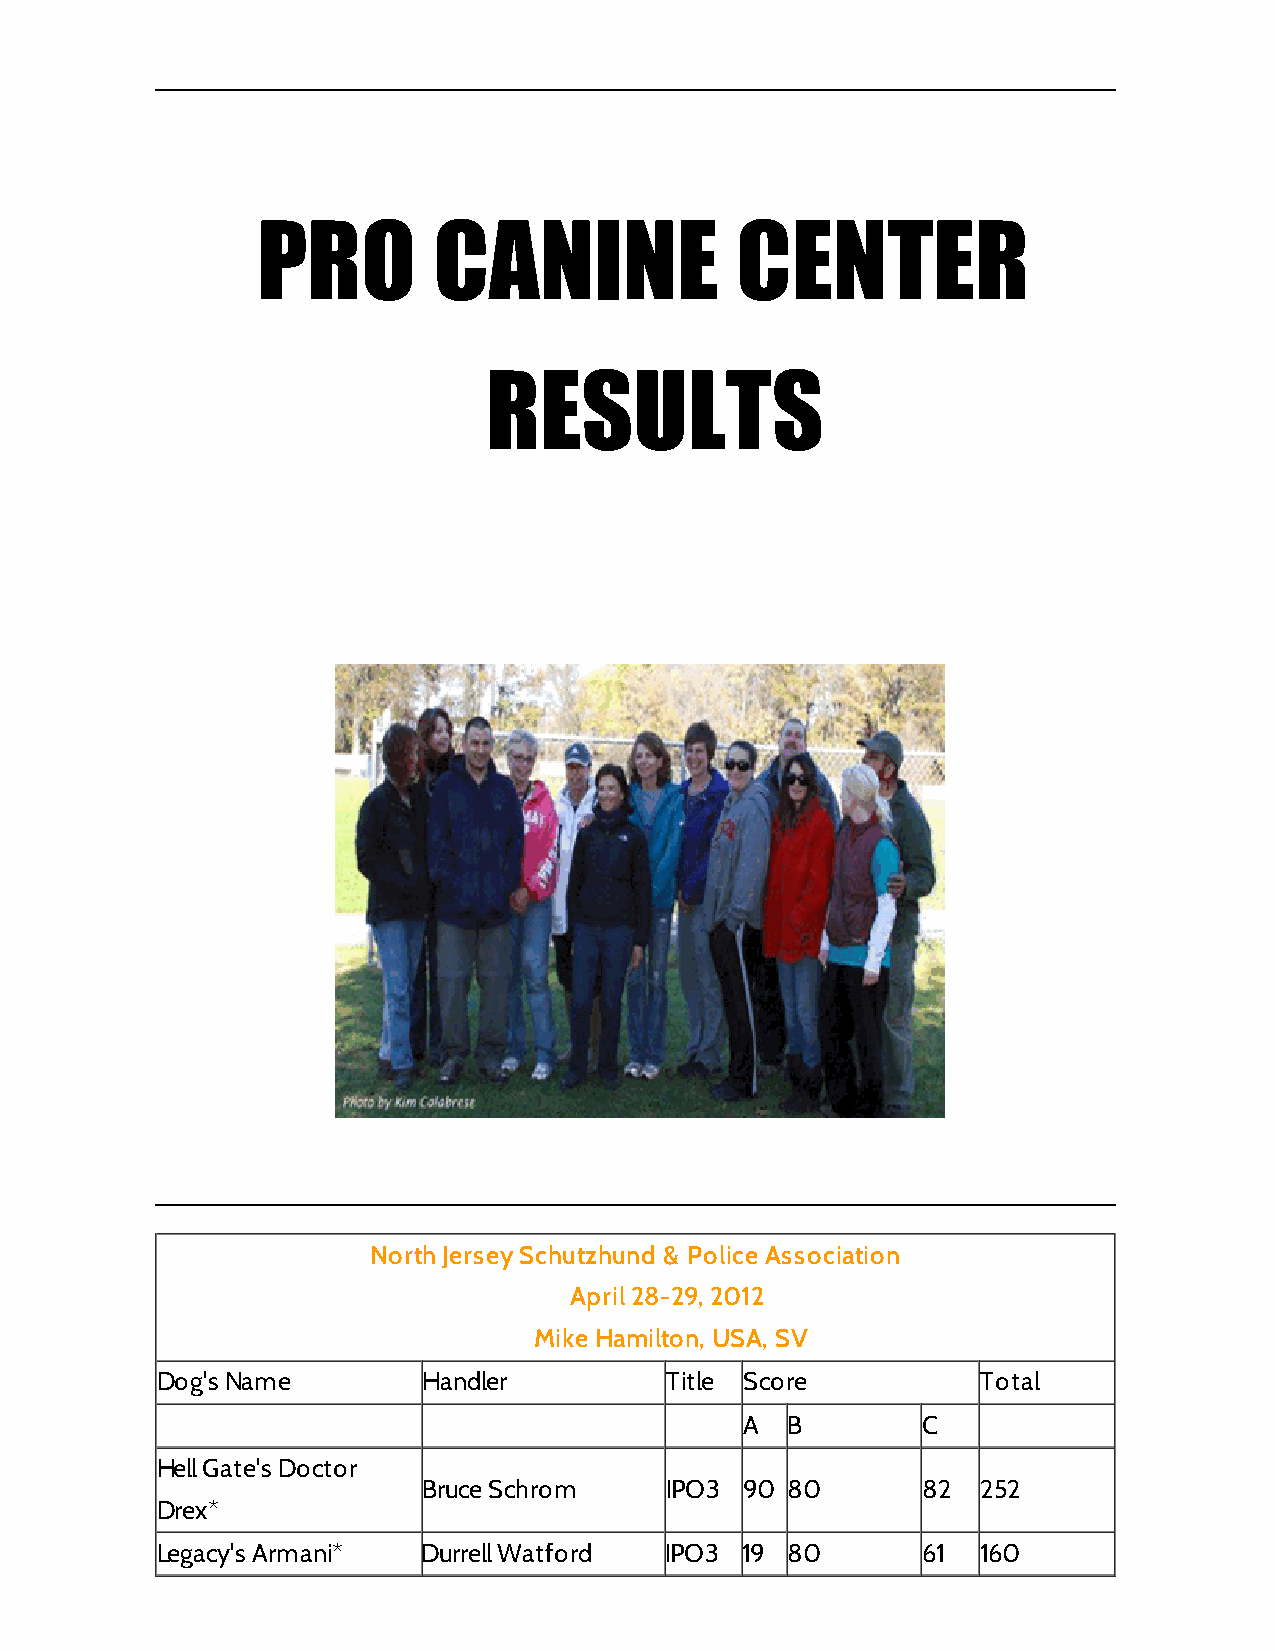
PRO         CANINE              CENTER
 RESULTS
 North Jersey Schutzhund & Police Association
 April 28-29, 2012
 Mike Hamilton, USA, SV
 Dog's Name        Handler         Title Score          Total
 A  B        C
 Hell Gate's Doctor
 Bruce Schrom    IPO3 90 80       82  252
 Drex*
 Legacy's Armani*  Durrell Watford IPO3 19 80       61  160